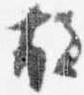
故